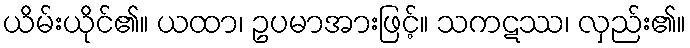
ယိမ်းယိုင်၏။ ယထာ၊ ဥပမာအားဖြင့်။ သကဋဿ၊ လှည်း၏။